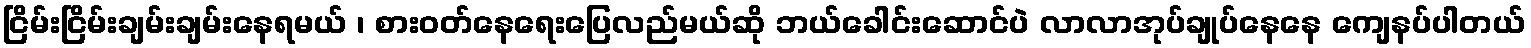
ငြိမ်းငြိမ်းချမ်းချမ်းနေရမယ် ၊ စားဝတ်နေရေးပြေလည်မယ်ဆို ဘယ်ခေါင်းဆောင်ပဲ လာလာအုပ်ချုပ်နေနေ ကျေနပ်ပါတယ်